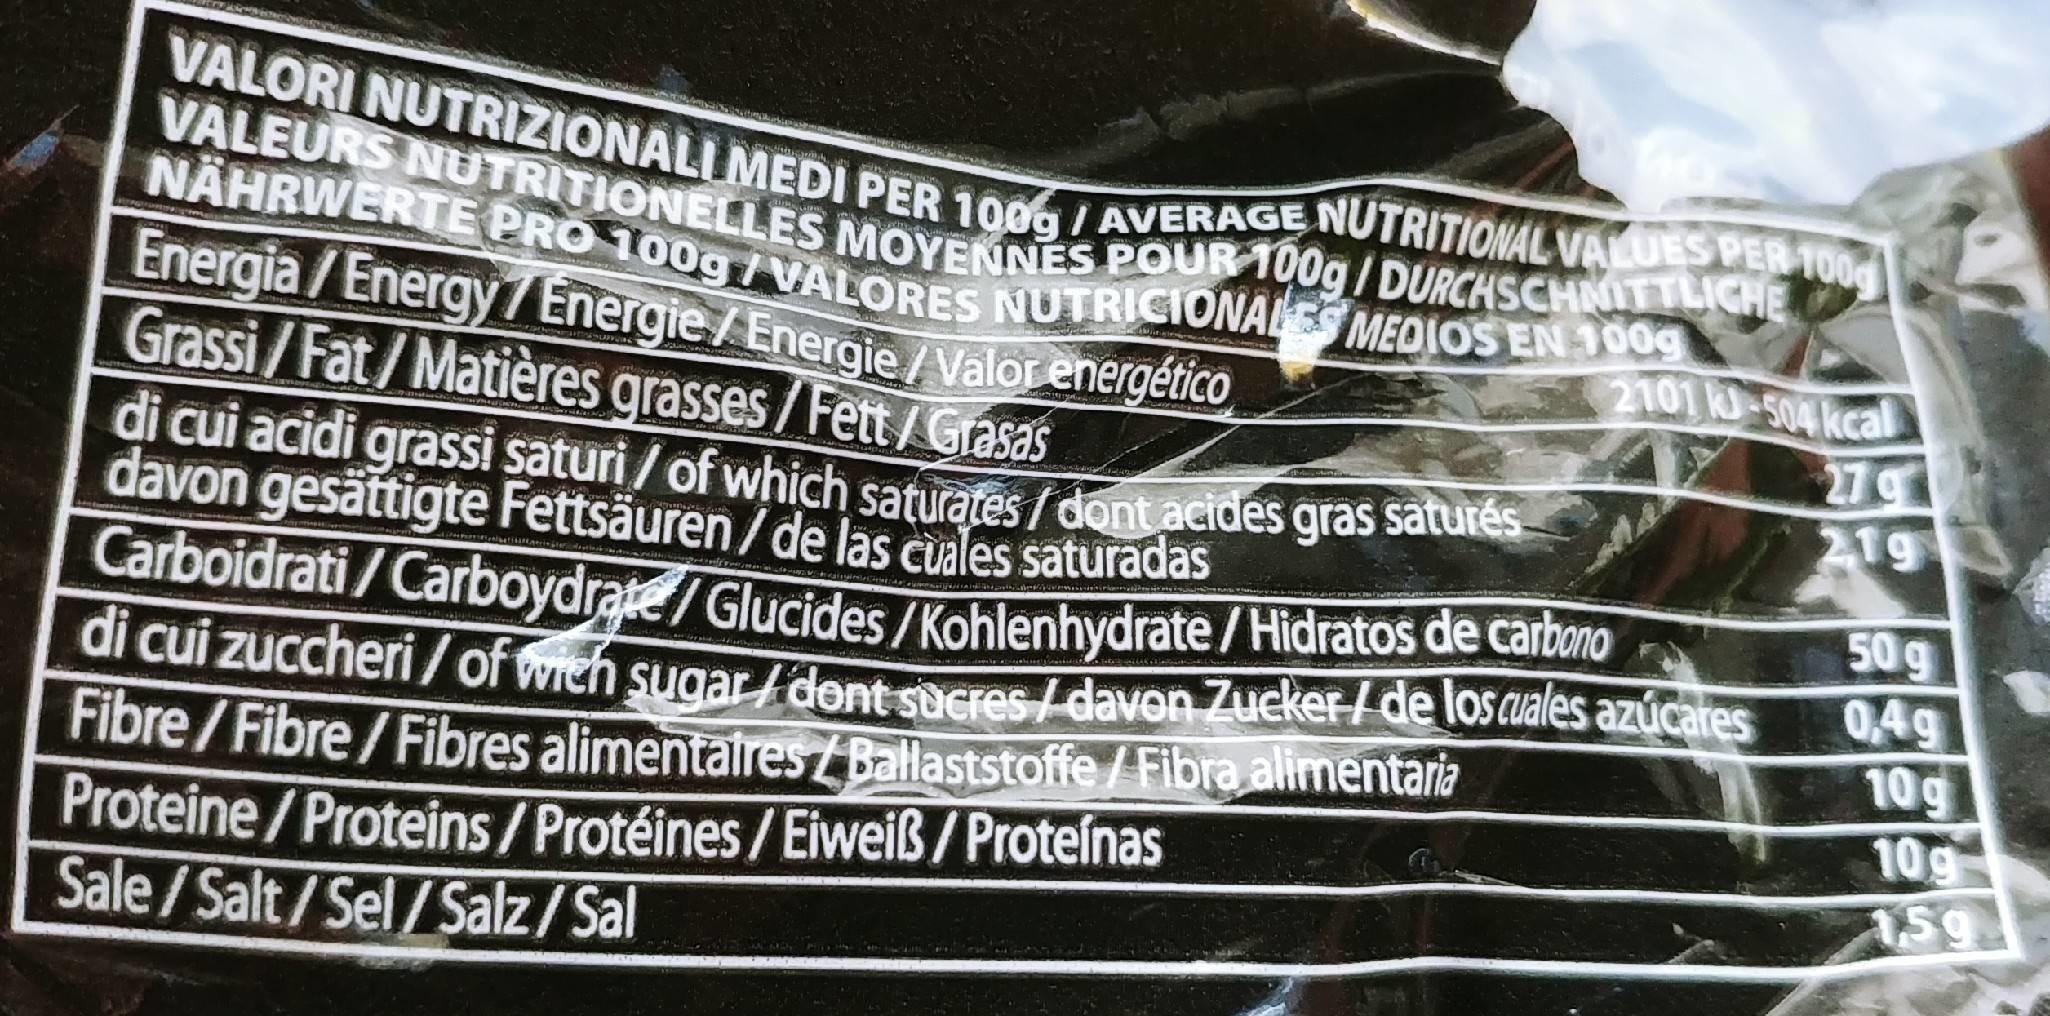
VALORI NUTRIZIONALI MEDI PER 100g / AVERAGE NUTRITIONAL VALUES PER 100g VALEURS NUTRITIONELLES MOYENNES POUR 100g/DURCHSCHNITTLICHE NÄHRWERTE PRO 100g/VALORES NUTRICIONALES MEDIOS EN 100g Energia/Energy 7 Energie/Energie/Valor energético Grassi/Fat/Matières grasses/Fett/Grasas
2101 kU-504 kcal
27 219
di cui acidi grassi saturi / of which saturates / dont acides gras satures davon gesättigte Fettsäuren / de las cuales saturadas Carboidrati/Carboydrate/Glucides /Kohlenhydrate /Hidratos de carbono al cui zuccheri/ of wich sugar /dont sucres/davon Zueker/ de los cuales azúcares Fibre/Fibre/Fibres alimentaires/Ballaststoffe /Fibra alimentaria Proteine/Proteins/ Protéines / Eiweiß / Proteínas Sale /Salt/Sel/Salz/Sal
50g 0,4g 10g 10g A59
96666 9